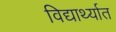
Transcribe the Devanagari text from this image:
विद्यार्थ्यात